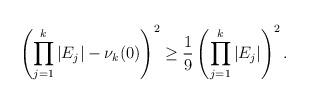
LaTeX: \begin{align*} \left(\prod\limits_{j=1}^k |E_j| -\nu_k(0)\right)^2\ge \frac{1}{9} \left(\prod\limits_{j=1}^k |E_j| \right)^2.\end{align*}